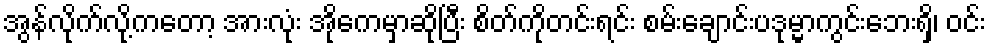
အွန်လိုက်လို့ကတော့ အားလုံး အိုကေမှာဆိုပြီး စိတ်ကိုတင်းရင်း စမ်းချောင်းပဒုမ္မာကွင်းဘေးရှိ၊ ဝင်း